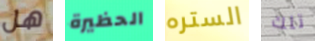
هل الحظيرة الستره تلك